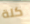
كلة